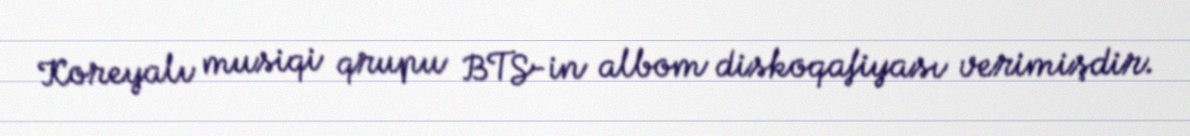
Koreyalı musiqi qrupu BTS-in albom diskoqafiyası verimişdir.